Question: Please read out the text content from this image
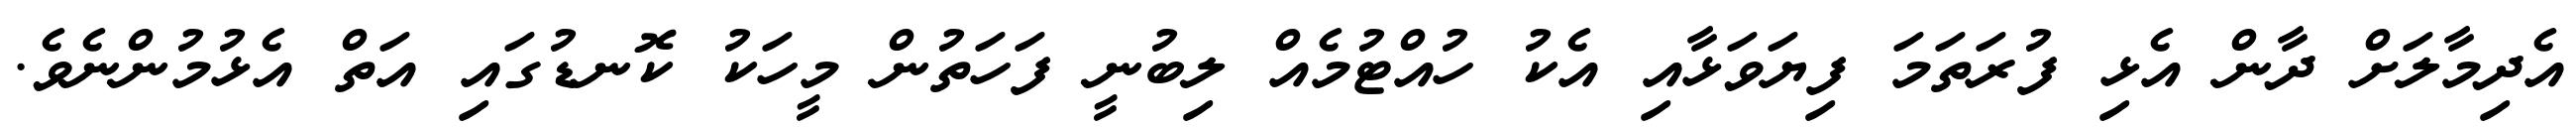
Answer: އެދިމާލަށް ދާން އެޅި ފުރަތަމަ ފިޔަވަޅާއި އެކު ހުއްޓުމެއް ލިބުނީ ފަހަތުން މީހަކު ކޮނޑުގައި އަތް އެޅުމުންނެވެ.